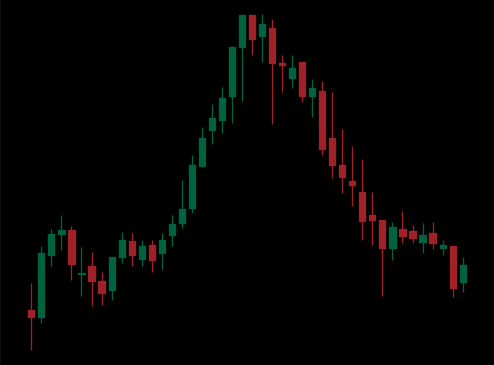
Pattern: head_shoulders